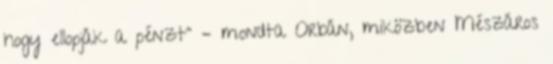
hogy ellopják a pénzt" – mondta Orbán, miközben Mészáros